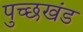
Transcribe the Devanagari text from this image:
पुच्छखंड